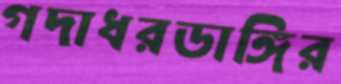
গদাধরডাঙ্গির